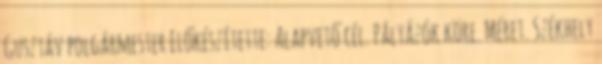
Gusztáv polgármester Előkészítette: Alapvető cél. Pályázók köre. Méret. Székhely